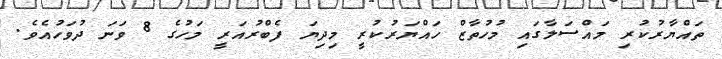
ތައްޔާރުކުރި މައްސަލާގައި މުހުތާޒް ހައްޔަރުކުރީ މިދިޔަ ފެބްރުއަރީ މަހުގެ 8 ވަނަ ދުވަހުއެވެ.